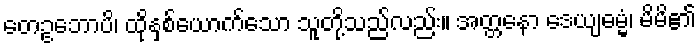
တေဥဘောပိ၊ ထိုနှစ်ယောက်သော သူတို့သည်လည်း။ အတ္တနော ဒေယျဓမ္မံ၊ မိမိ၏